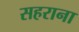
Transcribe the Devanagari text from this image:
सहराना